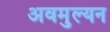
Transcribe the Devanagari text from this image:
अवमुल्यन